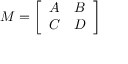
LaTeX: M = { \left[ \begin{array} { l l } { A } & { B } \\ { C } & { D } \end{array} \right] }